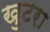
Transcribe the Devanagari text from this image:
खुटरा